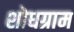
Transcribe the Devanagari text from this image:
शोधग्राम